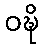
ဝဍ္ဎိ